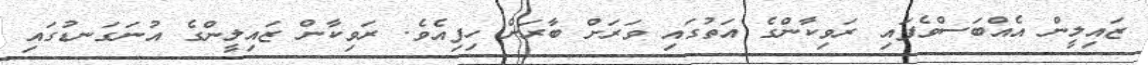
ޒައިލީން އެއްބަސްވެފައި ރަވިކާންގެ އަތުގައި ވަރަށް ބާރަށް ހިފިއެވެ. ރަވިކާން ޒައިލީންގެ އުނަގަނޑުގައި